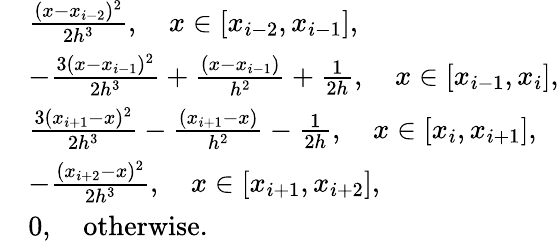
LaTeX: \begin{array}{rl}&{\frac{(x-x_{i-2})^{2}}{2h^{3}},\quad x\in[x_{i-2},x_{i-1}],}\\ &{-\frac{3(x-x_{i-1})^{2}}{2h^{3}}+\frac{(x-x_{i-1})}{h^{2}}+\frac{1}{2h},\quad x\in[x_{i-1},x_{i}],}\\ &{\frac{3(x_{i+1}-x)^{2}}{2h^{3}}-\frac{(x_{i+1}-x)}{h^{2}}-\frac{1}{2h},\quad x\in[x_{i},x_{i+1}],}\\ &{-\frac{(x_{i+2}-x)^{2}}{2h^{3}},\quad x\in[x_{i+1},x_{i+2}],}\\ &{0,\quad\textup{otherwise}.}\end{array}